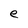
Character: e